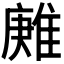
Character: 𨿶